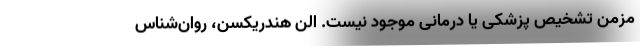
مزمنْ تشخیص پزشکی یا درمانی موجود نیست. اِلِن هندریکسِن، روان‌شناس